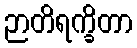
ဉာတိရက္ခိတာ